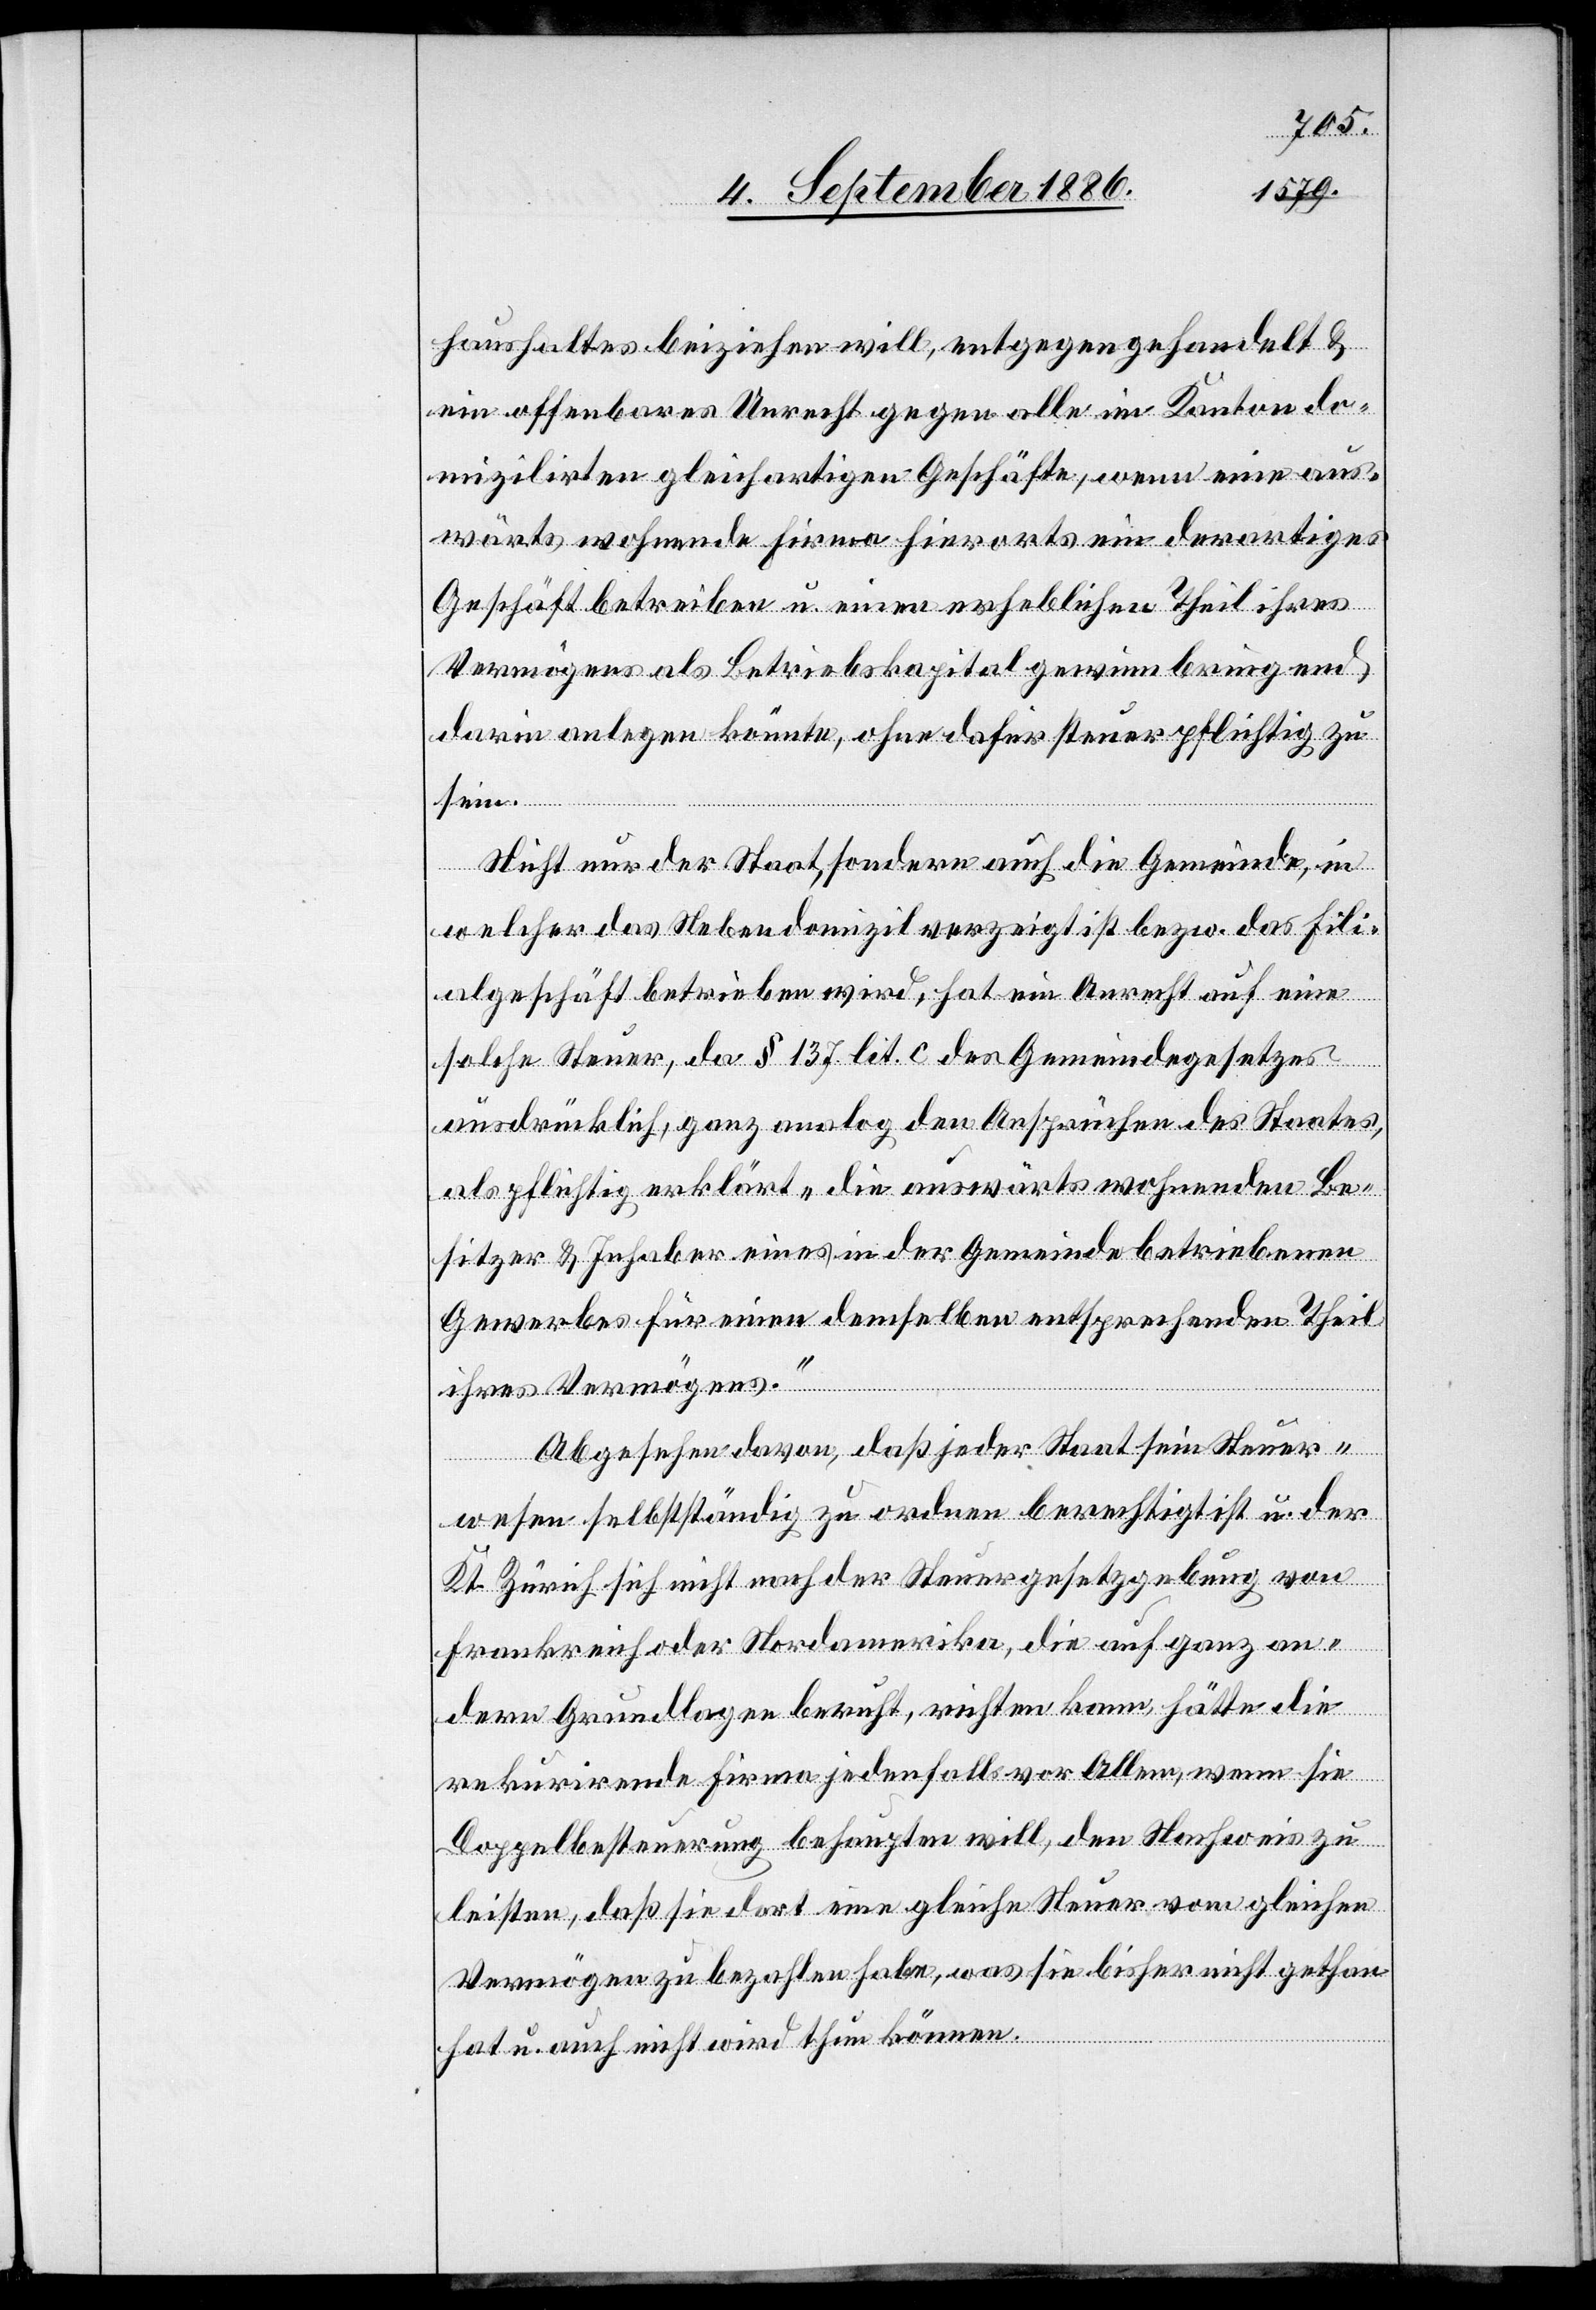
haushaltes beiziehen will, entgegen gehandelt &
ein offenbares Unrecht gegen alle im Kanton do¬
mizilirten gleichartigen Geschäfte, wenn eine aus¬
wärts wohnende Firma hierorts ein derartiges
Geschäft betreiben u. einen erheblichen Theil ihres
Vermögens als Betriebskapital gewinnbringend
darin anlegen könnte, ohne dafür steuerpflichtig zu
sein.
Nicht nur der Staat, sondern auch die Gemeinde, in
welcher das Nebendomizil verzeigt ist bezw. das Fili¬
algeschäft betrieben wird, hat ein Anrecht auf eine
solche Steuer, da § 137 lit. c des Gemeindegesetzes
ausdrücklich, ganz analog den Ansprüchen des Staates,
als pflichtig erklärt „die auswärts wohnenden Be¬
sitzer & Inhaber eines in der Gemeinde betriebenen
Gewerbes für einen demselben entsprechenden Theil
ihres Vermögens.“
Abgesehen davon, daß jeder Staat sein Steuer¬
wesen selbstständig zu ordnen berechtigt ist u. der
Kt. Zürich sich nicht nach der Steuergesetzgebung von
Frankreich oder Nordamerika, die auf ganz an¬
dern Grundlagen beruht, richten kann, hätte die
rekurrirende Firma jedenfalls vor Allem, wenn sie
Doppelbesteuerung behaupten will, den Nachweis zu
leisten, daß sie dort eine gleiche Steuer vom gleichen
Vermögen zu bezahlen habe, was sie bisher nicht gethan
hat u. auch nicht wird thun können.